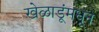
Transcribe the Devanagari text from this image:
खेळाडूंमधून